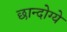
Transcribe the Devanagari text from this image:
छान्दोग्ये